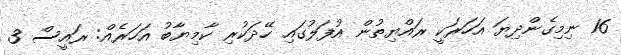
16 ނިމިގެންދިޔަ އަހަރަކީ ރައްޔިތުން އުފަލުގައި ހޭދަކުރި ކާމިޔާބު އަހަރެއް: ރައީސް 3